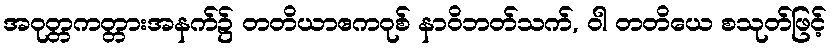
အဝုတ္တကတ္တားအနက်၌ တတိယာဧကဝုစ် နာဝိဘတ်သက်, ဝါ တတိယေ စသုတ်ဖြင့်